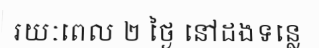
រយៈពេល ២ ថ្ងៃ នៅដងទន្លេ